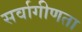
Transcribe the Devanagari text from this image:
सर्वागीणता